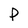
Character: P